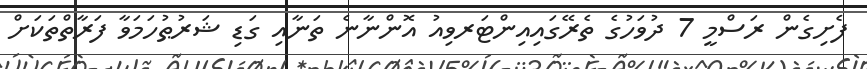
ފެށިގެން ރަސްމީ 7 ދުވަހުގެ ތެރޭގައިއިންޓަރވިއު އޮންނާނެ ތަނާއި ގަޑި ޝަރުޠުހަމަވާ ފަރާތްތަކަށް